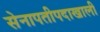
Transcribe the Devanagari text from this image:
सेनापतीपदाखाली